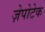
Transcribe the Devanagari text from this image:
ज़ेपोटेक